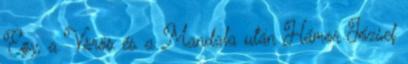
Egy, a Vörös és a Mandala után Hámor József